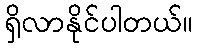
ရှိလာနိုင်ပါတယ်။